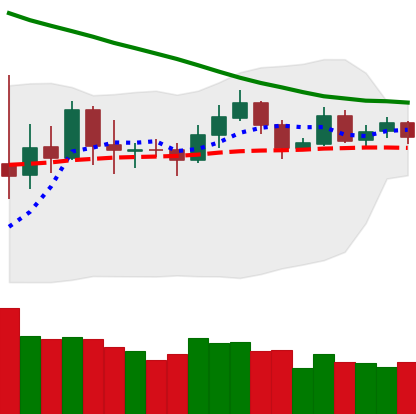
Ticker: ETH-USD
Chart end date: 2019-11-14
Forward return: -4.594%
Label: down_3_5